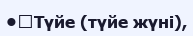
•	Түйе (түйе жүні),